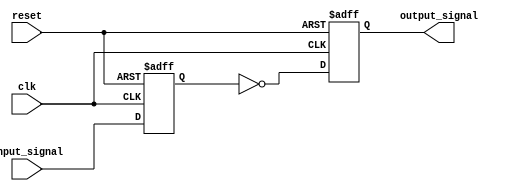
module Inverter_Delay(
    input wire clk,
    input wire reset,
    input wire input_signal,
    output reg output_signal
);

reg delayed_input;

always @(posedge clk or posedge reset) begin
    if (reset) begin
        delayed_input <= 1'b0;
        output_signal <= 1'b0;
    end else begin
        delayed_input <= input_signal;
        output_signal <= ~delayed_input;
    end
end

endmodule